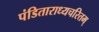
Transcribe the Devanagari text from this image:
पंडिताराध्यचरितम्